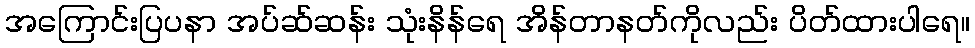
အကြောင်းပြပနာ အပ်ဆ်ဆန်း သုံးနိန်ရေ အိန်တာနတ်ကိုလည်း ပိတ်ထားပါရေ။